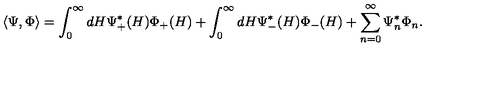
\langle \Psi , \Phi \rangle = \int _ { 0 } ^ { \infty } d H \Psi _ { + } ^ { * } ( H ) \Phi _ { + } ( H ) + \int _ { 0 } ^ { \infty } d H \Psi _ { - } ^ { * } ( H ) \Phi _ { - } ( H ) + \sum _ { n = 0 } ^ { \infty } \Psi _ { n } ^ { * } \Phi _ { n } .